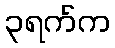
၃ရက်က